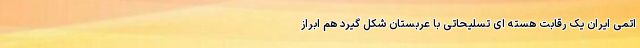
اتمی ایران یک رقابت هسته ای تسلیحاتی با عربستان شکل گیرد هم ابراز